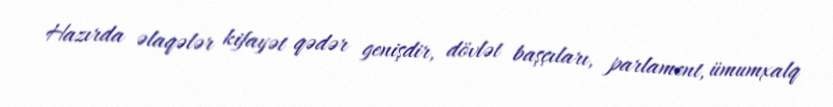
Hazırda əlaqələr kifayət qədər genişdir, dövlət başçıları, parlament, ümumxalq